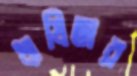
ঋষিতার